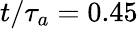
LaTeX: t/\tau_{a}=0.45